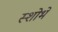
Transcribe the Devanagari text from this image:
स्शोभे